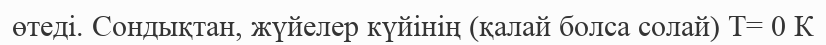
өтеді. Сондықтан, жүйелер күйінің (қалай болса солай) Т= 0 К